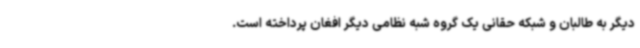
دیگر به طالبان و شبکه حقانی یک گروه شبه نظامی دیگر افغان پرداخته است.